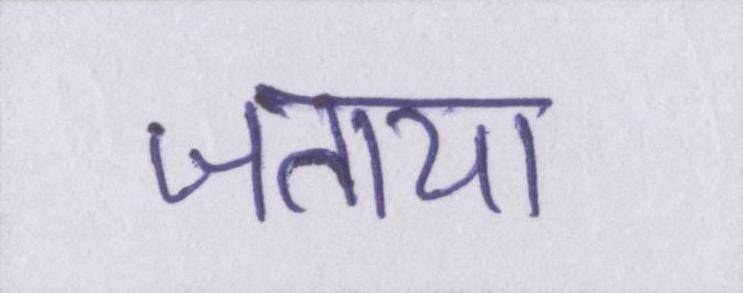
जताया